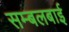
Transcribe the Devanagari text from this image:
सम्बलबाई